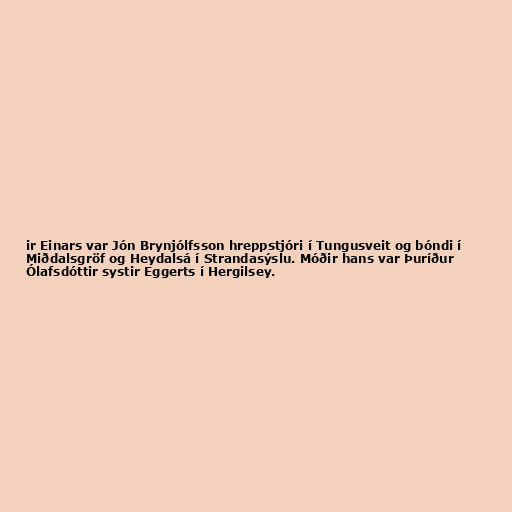
ir Einars var Jón Brynjólfsson hreppstjóri í Tungusveit og bóndi í
Miðdalsgröf og Heydalsá í Strandasýslu. Móðir hans var Þuríður
Ólafsdóttir systir Eggerts í Hergilsey.